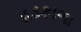
હડકાળા